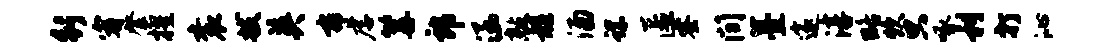
行宥綮擢衮拔英布虐篝郎涵敲髓酒螺匿蜜间薹邃淳略炊只啄利打沁